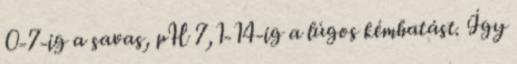
0-7-ig a savas, pH 7,1-14-ig a lúgos kémhatást. Így